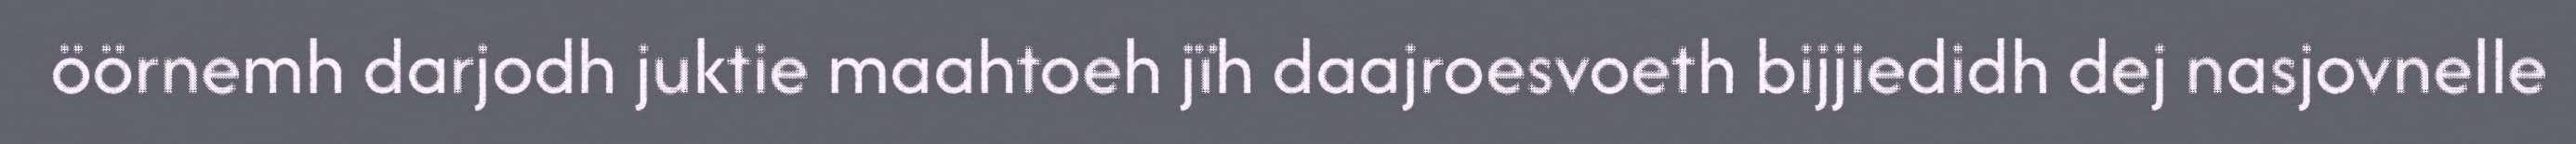
öörnemh darjodh juktie maahtoeh jïh daajroesvoeth bijjiedidh dej nasjovnelle